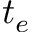
t _ { e }